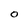
Character: O